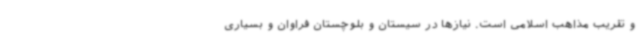
و تقریب مذاهب اسلامی است. نیازها در سیستان و بلوچستان فراوان و بسیاری